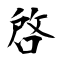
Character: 啟